画像に写った文字を読んでください
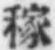
「稼」と書いてあります